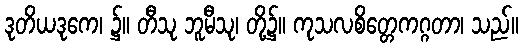
ဒုတိယဒုကေ၊ ၌။ တီသု ဘူမီသု၊ တို့၌။ ကုသလစိတ္တေကဂ္ဂတာ၊ သည်။